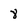
Character: 8